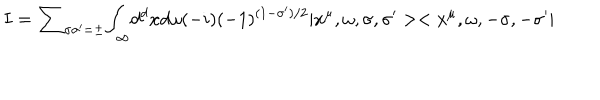
LaTeX: I = { \sum } _ { { \sigma } { \sigma } ^ { \prime } = { \pm } } { \int } _ { \infty } d ^ { d } x d { \omega } ( - i ) ( - 1 ) ^ { ( 1 - { \sigma } ^ { \prime } ) / 2 } | x ^ { \mu } , { \omega } , { \sigma } , { \sigma ^ { \prime } } > < x ^ { \mu } , { \omega } , { - \sigma } , { - \sigma ^ { \prime } } |